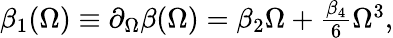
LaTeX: \begin{array}{r}{\beta_{1}(\Omega)\equiv\partial_{\Omega}\beta(\Omega)=\beta_{2}\Omega+\frac{\beta_{4}}{6}\Omega^{3},}\end{array}